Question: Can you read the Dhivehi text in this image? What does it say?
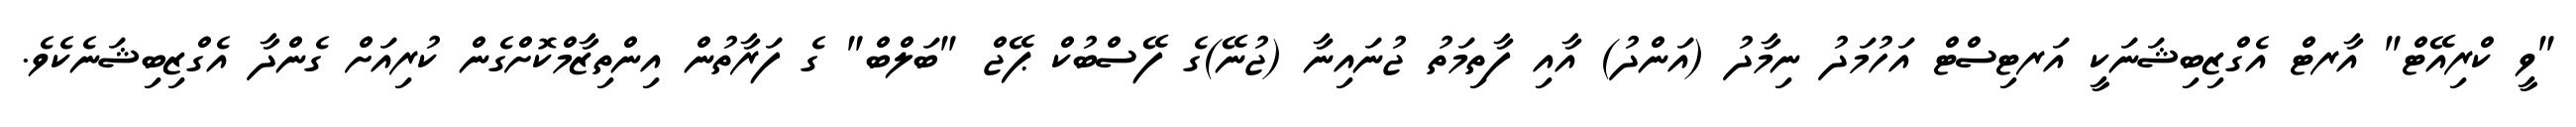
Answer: "ވީ ކްރިއޭޓް" އާރޓް އެގްޒިބިޝަނަކީ އަރޓިސްޓް އަހުމަދު ނިމާދު (އަންދު) އާއި ފާތިމަތު ޖުނައިނާ (ޖުނޭ)ގެ ފޭސްބުކް ޕޭޖް "ބަލްބް" ގެ ފަރާތުން އިންތިޒާމްކޮށްގެން ކުރިއަށް ގެންދާ އެގްޒިބިޝަނެކެވެ.